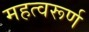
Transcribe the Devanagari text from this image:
महत्वरूर्ण